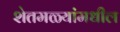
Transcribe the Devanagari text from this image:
शेतमळ्यांमधील